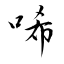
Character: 唏